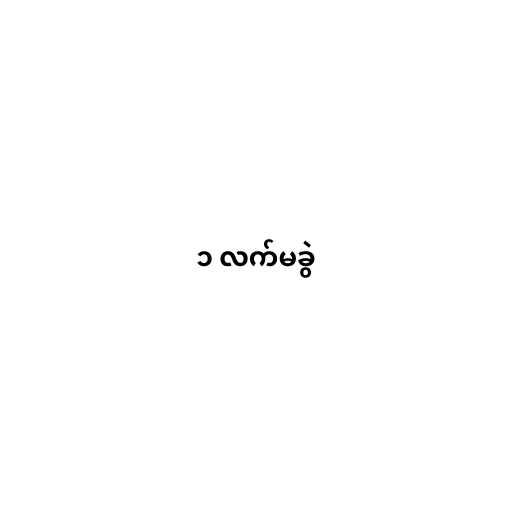
၁ လက်မခွဲ